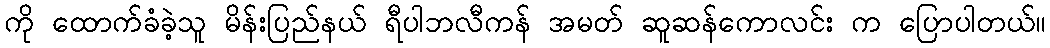
ကို ထောက်ခံခဲ့သူ မိန်းပြည်နယ် ရီပါဘလီကန် အမတ် ဆူဆန်ကောလင်း က ပြောပါတယ်။